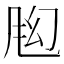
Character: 𬱶